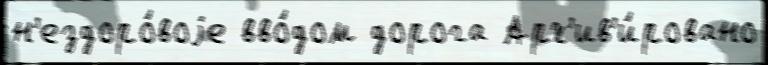
н'ездоро́воjе вво́дом дорога Арх'ив'и́ровано